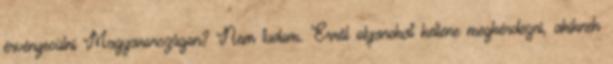
érvényesülni Magyarországon? Nem tudom. Erről olyanokat kellene megkérdezni, akiknek